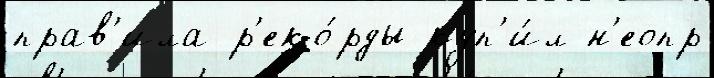
прав'ила р'еко́рды куп'и́л н'еопр